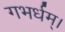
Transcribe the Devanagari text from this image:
गभर्धम्।